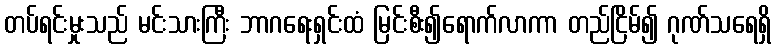
တပ်ရင်းမှုးသည် မင်းသားကြီး ဘာဂရေးရှင်းထံ မြင်းစီး၍ရောက်လာကာ တည်ငြိမ်၍ ဂုဏ်သရေရှိ